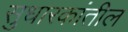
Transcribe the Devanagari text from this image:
सुधारकांतील